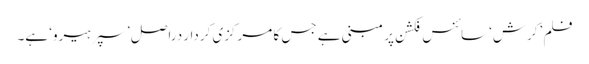
فلم ’کرش‘ سائنس فکشن پر مبنی ہے جس کا مرکزی کردار دراصل ’سپرہیرو‘ ہے۔